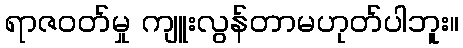
ရာဇဝတ်မှု ကျူးလွန်တာမဟုတ်ပါဘူး။